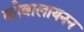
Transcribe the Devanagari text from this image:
कोवालायनन